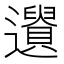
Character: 𨘤